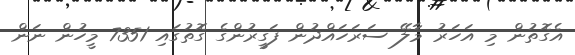
އެގޮތުން މި އަހަރު މާލޭ ސަރަހައްދުން ފަގީރުންގެ ގޮތުގައި 7351 މީހުން ނަން